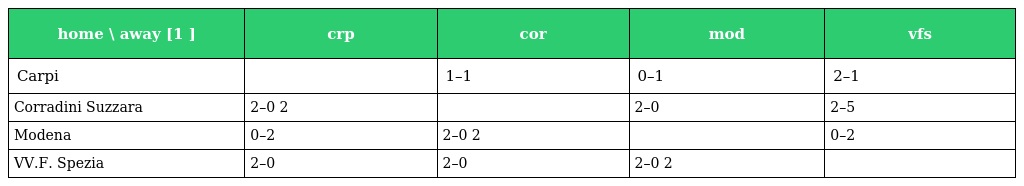
| home \ away [1 ] | crp | cor | mod | vfs |
 | --- | --- | --- | --- | --- |
 | Carpi |  | 1–1 | 0–1 | 2–1 |
 | Corradini Suzzara | 2–0 2 |  | 2–0 | 2–5 |
 | Modena | 0–2 | 2–0 2 |  | 0–2 |
 | VV.F. Spezia | 2–0 | 2–0 | 2–0 2 |  |